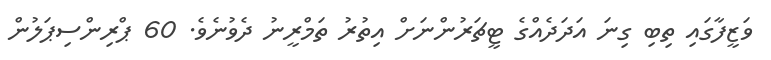
ވަޒީފާގައި ތިބި ގިނަ އަދަދެއްގެ ޓީޗަރުންނަށް އިތުރު ތަމްރީނު ދެވުނެވެ. 60 ޕްރިންސިޕަލުން